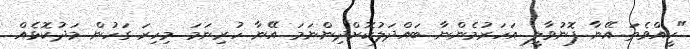
"ކީއްވެތަ އޭނާ ފޮނުވާލީ އަހަރުމެންނާ ބައްދަލުކޮށްދިންނަމަ އޭނާ ހުރިނަމަ މިހިރަ ގަހުން މަދުކޮޅެއް